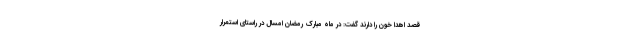
قصد اهدا خون را دارند گفت: در ماه مبارک رمضان امسال در راستای استمرار